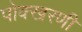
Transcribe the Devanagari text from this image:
पोक्खरणी